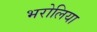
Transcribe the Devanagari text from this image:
भरोलिया